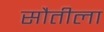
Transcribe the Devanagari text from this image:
सौतीला